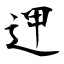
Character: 𨒇